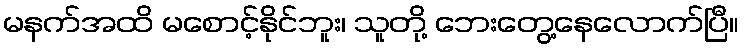
မနက်အထိ မစောင့်နိုင်ဘူး၊ သူတို့ ဘေးတွေ့နေလောက်ပြီ။